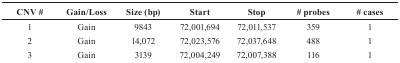
<table><thead><tr><td><b>CNV #</b></td><td><b>Gain/Loss</b></td><td><b>Size (bp)</b></td><td><b>Start</b></td><td><b>Stop</b></td><td><b># probes</b></td><td><b># cases</b></td></tr></thead><tbody><tr><td>1</td><td>Gain</td><td>9843</td><td>72,001,694</td><td>72,011,537</td><td>359</td><td>1</td></tr><tr><td>2</td><td>Gain</td><td>14,072</td><td>72,023,576</td><td>72,037,648</td><td>488</td><td>1</td></tr><tr><td>3</td><td>Gain</td><td>3139</td><td>72,004,249</td><td>72,007,388</td><td>116</td><td>1</td></tr></tbody></table>